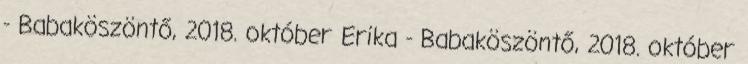
- Babaköszöntő, 2018. október Erika - Babaköszöntő, 2018. október